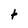
Character: t